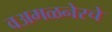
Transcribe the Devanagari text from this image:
वअमळनेरचे